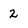
Character: 2